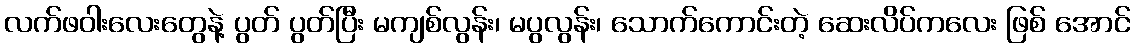
လက်ဖဝါးလေးတွေနဲ့ ပွတ် ပွတ်ပြီး မကျစ်လွန်း၊ မပွလွန်း၊ သောက်ကောင်းတဲ့ ဆေးလိပ်ကလေး ဖြစ် အောင်